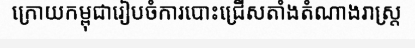
ក្រោយកម្ពុជារៀបចំការបោះជ្រើសតាំងតំណាងរាស្ត្រ